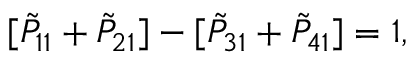
[ { \tilde { P } } _ { 1 1 } + { \tilde { P } } _ { 2 1 } ] - [ { \tilde { P } } _ { 3 1 } + { \tilde { P } } _ { 4 1 } ] = 1 ,